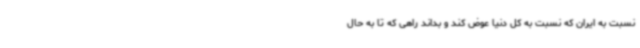
نسبت به ایران که نسبت به کل دنیا عوض کند و بداند راهی که تا به حال